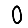
Digit: 0